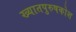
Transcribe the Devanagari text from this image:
ख्यातपुरुषकोश